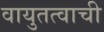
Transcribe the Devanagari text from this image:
वायुतत्वाची